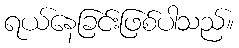
ရယ်နေခြင်းဖြစ်ပါသည်။